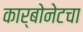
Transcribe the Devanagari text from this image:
कार्बोनेटचा